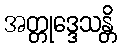
အတ္တုဒ္ဒေသန္တိ